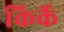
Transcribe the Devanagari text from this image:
किर्के